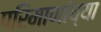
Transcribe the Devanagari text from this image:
परिमाणांच्या